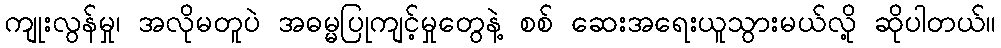
ကျုးလွန်မှု၊ အလိုမတူပဲ အဓမ္မပြုကျင့်မှုတွေနဲ့ စစ် ဆေးအရေးယူသွားမယ်လို့ ဆိုပါတယ်။